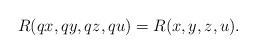
\begin{align*} R(qx, qy, qz, qu)=R(x, y, z, u).\end{align*}